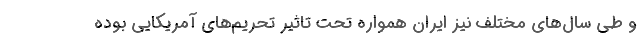
و طی سال‌های مختلف نیز ایران همواره تحت تاثیر تحریم‌های آمریکایی بوده